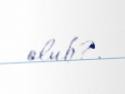
olub?.